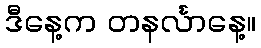
ဒီနေ့က တနင်္လာနေ့။